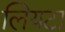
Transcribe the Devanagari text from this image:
लियटा